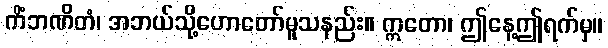
ကိံဘဏိတံ၊ အဘယ်သို့ဟောတော်မူသနည်း။ ဣတော၊ ဤနေ့ဤရက်မှ။